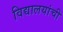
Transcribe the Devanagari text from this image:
विद्यालयांची